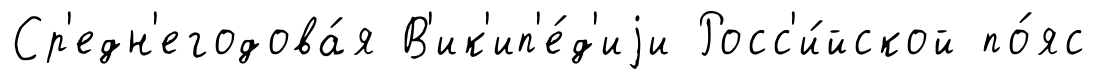
Ср'едн'егодова́я В'ик'ип'е́д'иjи Росс'и́йской по́яс